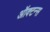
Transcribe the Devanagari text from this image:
ऑक्टन्स